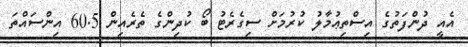
އެއީ ދުންފަތުގެ އިސްތިޢުމާލު ކުރުމަށް ސިގެރެޓު ބޯ ކުދިންގެ ތެރެއިން 60.5 އިންސައްތަ